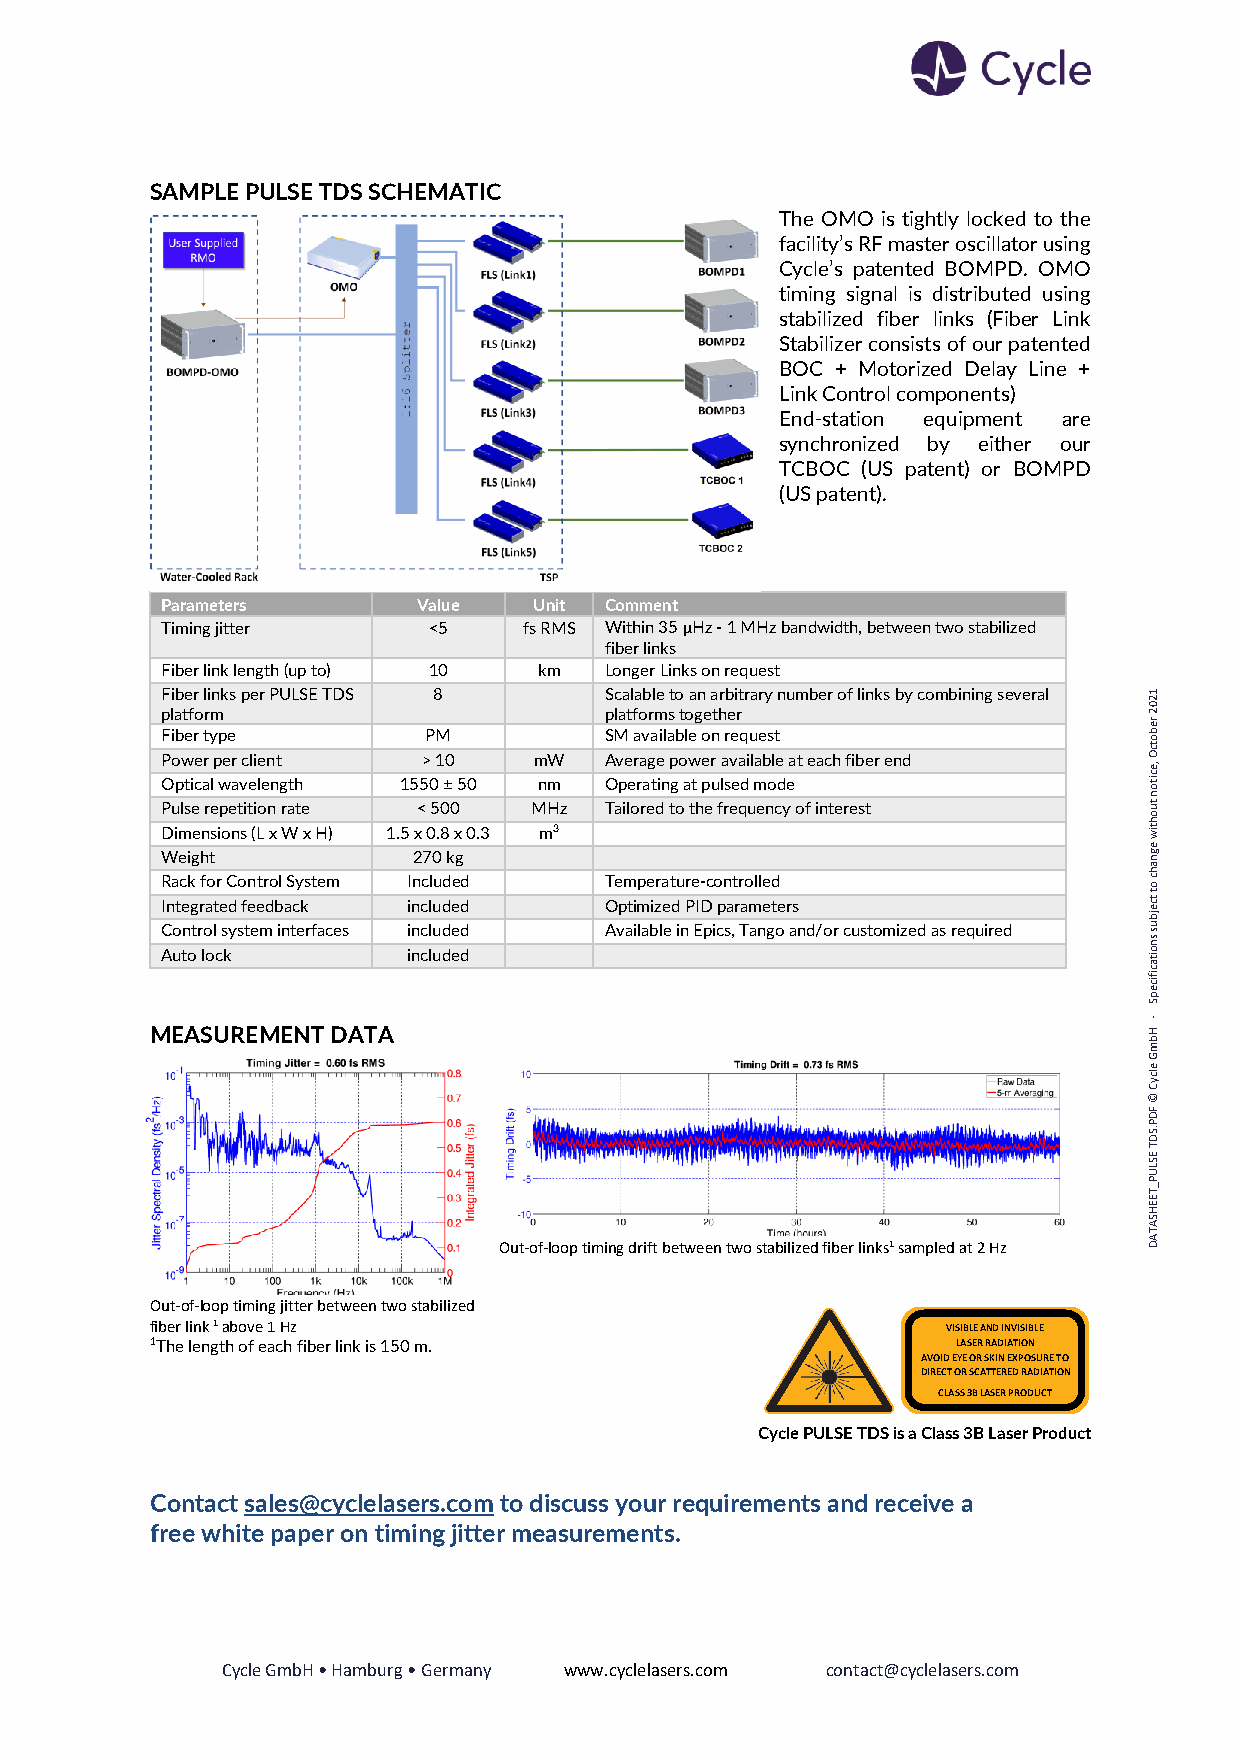
SAMPLE PULSE TDS SCHEMATIC
 The OMO is tightly locked to the
 facility’s RF master oscillator using
 Cycle’s patented BOMPD. OMO
 timing signal is distributed using
 stabilized fiber links (Fiber Link
 Stabilizer consists of our patented
 BOC + Motorized Delay Line +
 Link Control components)
 End-station equipment are
 synchronized by either our
 TCBOC (US patent) or BOMPD
 (US patent).
 Parameters       Value  Unit Comment
 Timing jitter    <5     fs RMS Within 35 μHz - 1 MHz bandwidth, between two stabilized
 fiber links
 Fiber link length (up to) 10 km Longer Links on request
 F pi lab te fr
 o
 l ri mnk s per PULSE TDS 8 S pc laa tl fa ob rl me st o
 t
 oa gn
 e
 a thrb ei rt rary number of links by combining several 120
 2
 Fiber type       PM          SM available on request
 reb
 o
 P Oo pw tice ar lp wer
 a
 vc eli le en nt
 g th
 155>
 0
 1 ±0
 50
 m nmW A Ov pe er ra ag te
 in
 p
 g
 o aw
 t
 per
 u
 la sv ea di l mab ole
 d
 ea t each fiber end
 ,ecitotcO
 n
 Pulse repetition rate < 500 MHz Tailored to the frequency of interest tu
 o
 h
 Dimensions (L x W x H) 1.5 x 0.8 x 0.3 m3                        tiw
 e
 Weight          270 kg                                           gn
 ah
 Rack for Control System Included Temperature-controlled          c o
 Integrated feedback included Optimized PID parameters
 t
 tcejb
 Control system interfaces included Available in Epics, Tango and/or customized as required u s
 sn
 Auto lock       included                                         o itacificep
 MEASUREMENT DATA                                                  H
 S
 -
 b
 m
 G
 e
 lcyC
 ©
 FD
 P
 SD.
 T
 E
 SLU
 P
 _TEEH
 Out-of-loop timing drift between two stabilized fiber links1 sampled at 2 Hz
 SA
 TA
 D
 Out-of-loop timing jitter between two stabilized
 fiber link 1 above 1 Hz                              VISIBLE AND INVISIBLE
 1The length of each fiber link is 150 m.             LASER RADIATION
 AVOID EYE OR S KIN EXPOSURE TO
 DIRECT OR SCATTERED RADIATION
 CLASS 3B LASER PRODUCT
 Cycle PULSE TDS is a Class 3B Laser Product
 Contact sales@cyclelasers.com to discuss your requirements and receive a
 free white paper on timing jitter measurements.
 Cycle GmbH • Hamburg • Germany www.cyclelasers.com contact@cyclelasers.com